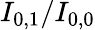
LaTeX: I_{0,1}/I_{0,0}